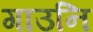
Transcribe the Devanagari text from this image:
गाउनि